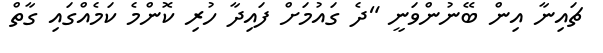
ޗައިނާ އިން ބޭނުންވަނީ "ދެ ގައުމަށް ފައިދާ ހުރި ކޮންމެ ކަމެއްގައި ގާތް